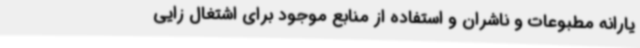
یارانه مطبوعات و ناشران و استفاده از منابع موجود برای اشتغال زایی